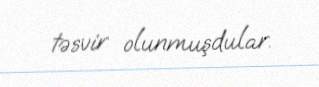
təsvir olunmuşdular.